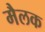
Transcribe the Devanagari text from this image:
मैलक